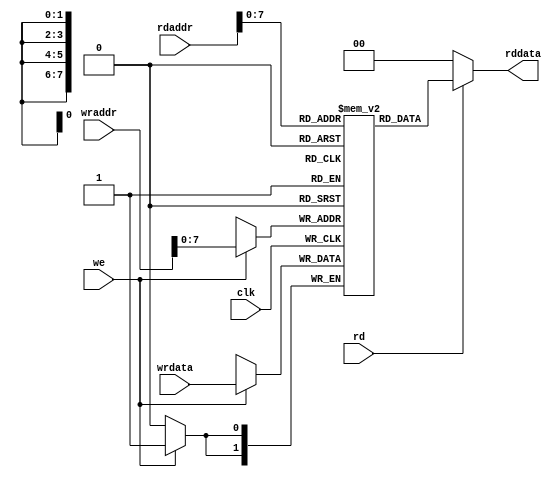
`timescale 1ns / 1ps
module data_memory(
    input clk,
    input signed [1:0] wrdata,
    input [8:0] wraddr,
	input [8:0] rdaddr,
    input we,
    input rd,
    output signed [1:0] rddata
    );
    
    reg signed [1:0] mem [0:255];
    
    //initial 
    //begin
    //$readmemb("a1_bin.txt", mem);
    //end
    
    
    
    always @(posedge clk)
    begin
        if (we)
           mem[wraddr] <= wrdata;
    end
    assign rddata = (rd)?mem[rdaddr]:2'b00;

    
endmodule